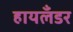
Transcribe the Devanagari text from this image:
हायलँडर